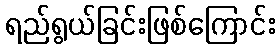
ရည်ရွယ်ခြင်းဖြစ်ကြောင်း